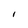
Character: I